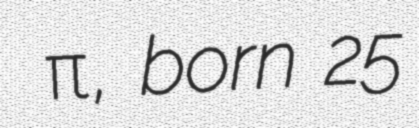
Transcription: Χρήστος Παπανικολάου, born 25